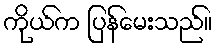
ကိုယ်က ပြန်မေးသည်။